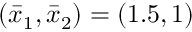
( \bar { x } _ { 1 } , \bar { x } _ { 2 } ) = ( 1 . 5 , 1 )